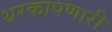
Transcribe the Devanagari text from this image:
थरकापणारी